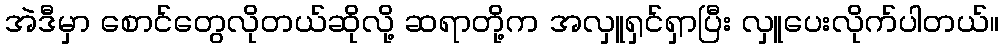
အဲဒီမှာ စောင်တွေလိုတယ်ဆိုလို့ ဆရာတို့က အလှူရှင်ရှာပြီး လှူပေးလိုက်ပါတယ်။